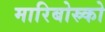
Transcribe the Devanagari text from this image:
मारिबोस्र्को